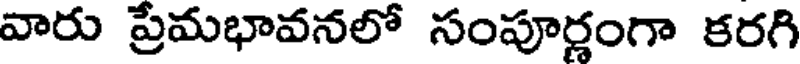
వారు ప్రమభావనలో సంపూర్ణంగా కరగి